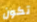
تكون